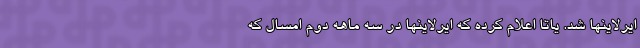
ایرلاینها شد. یاتا اعلام کرده که ایرلاینها در سه ماهه دوم امسال که